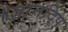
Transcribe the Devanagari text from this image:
॥ज्ञानदिप्